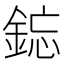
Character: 𫒥